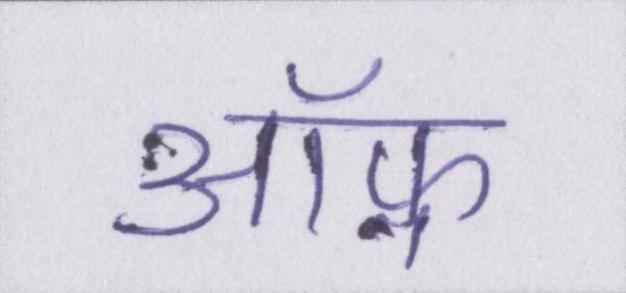
ऑफ़